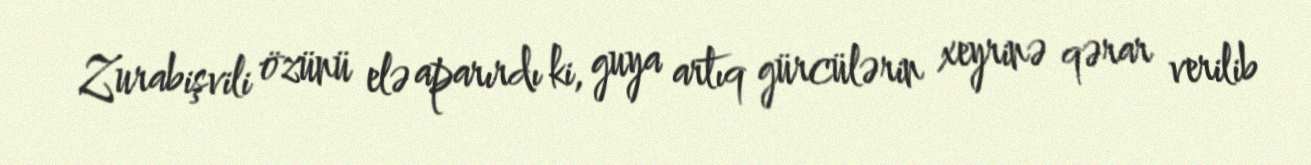
Zurabişvili özünü elə aparırdı ki, guya artıq gürcülərin xeyrinə qərar verilib